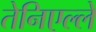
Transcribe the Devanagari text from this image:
तेनिएल्ले